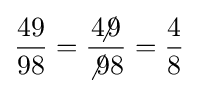
{\frac {49}{98}}={\frac {4\!\!\!\not 9}{\not 98}}={\frac {4}{8}}